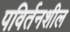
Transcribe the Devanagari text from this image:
पविर्तनशील